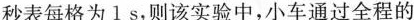
秒表每格为1s，则该实验中，小车通过全程的